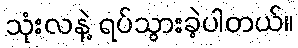
သုံးလနဲ့ ရပ်သွားခဲ့ပါတယ်။